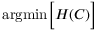
\mathrm { a r g m i n } \Big [ H ( C ) \Big ]